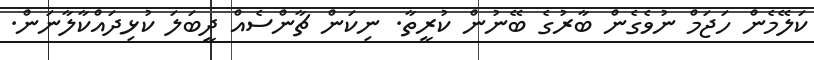
ކަލޭމެން ހަޖަމް ނުވެެގެން ބާރުގެ ބޭނުން ކުރީތާ. ނިކަން ޗާންސެއް ދީބަލަ ކުޅިދައްކާލާނަން.